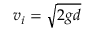
\ v _ { i } = { \sqrt { 2 g d } }